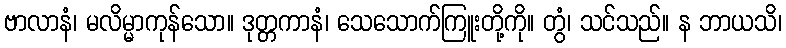
ဗာလာနံ၊ မလိမ္မာကုန်သော။ ဒုတ္တကာနံ၊ သေသောက်ကြူးတို့ကို။ တွံ၊ သင်သည်။ န ဘာယသိ၊